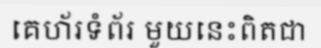
គេហ័រទំព័រ មួយនេះពិតជា